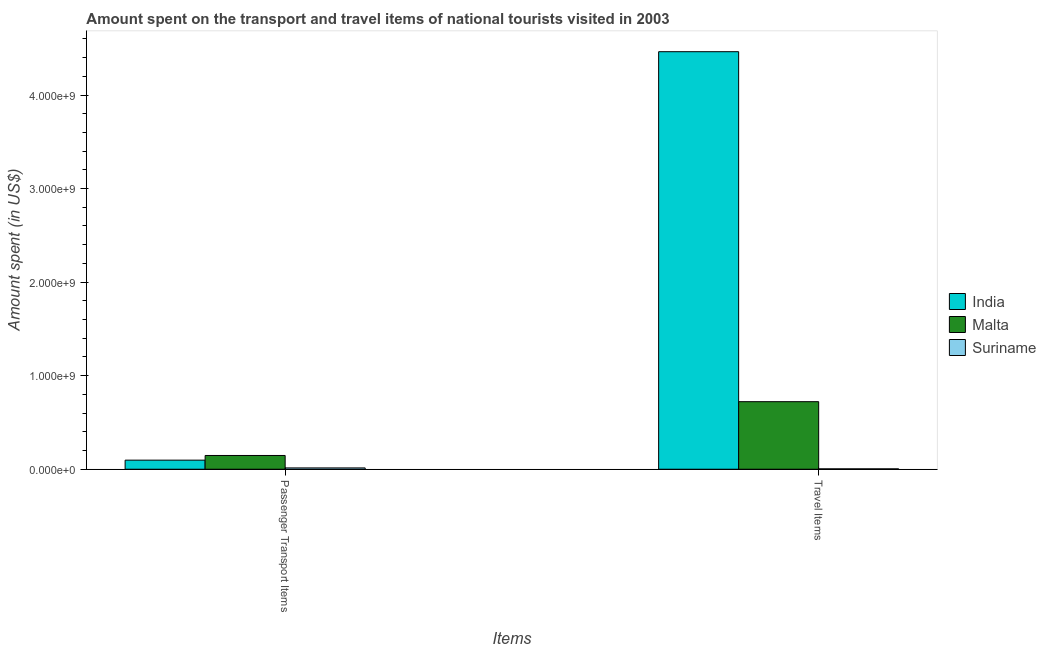
| Items | India | Malta | Suriname |
 | --- | --- | --- | --- |
 | Passenger Transport Items | 9.7e+07 | 1.47e+08 | 1.4e+07 |
 | Travel Items | 4.46e+09 | 7.22e+08 | 4e+06 |